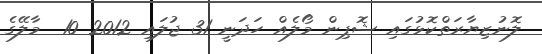
ލޮނުޒިޔާރަތްކޮޅުގައި ޝޮޕިން މޯލެއް ހަދަނީ 31 ޖުލައި 2012 10  މާލޭގެ